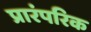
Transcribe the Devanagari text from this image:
प्रारंपरिक